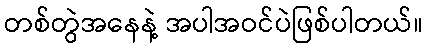
တစ်တွဲအနေနဲ့ အပါအဝင်ပဲဖြစ်ပါတယ်။